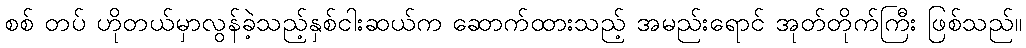
စစ် တပ် ဟိုတယ်မှာလွန်ခဲ့သည့်နှစ်ငါးဆယ်က ဆောက်ထားသည့် အမည်းရောင် အုတ်တိုက်ကြီး ဖြစ်သည်။